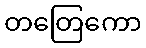
တတြေကော